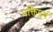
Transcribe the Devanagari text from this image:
भक्तिपूर्व